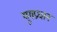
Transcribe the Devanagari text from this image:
युगप्रधान